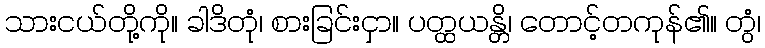
သားငယ်တို့ကို။ ခါဒိတုံ၊ စားခြင်းငှာ။ ပတ္ထယန္တိ၊ တောင့်တကုန်၏။ တွံ၊